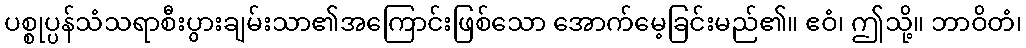
ပစ္စုပ္ပန်သံသရာစီးပွားချမ်းသာ၏အကြောင်းဖြစ်သော အောက်မေ့ခြင်းမည်၏။ ဧဝံ၊ ဤသို့။ ဘာဝိတံ၊